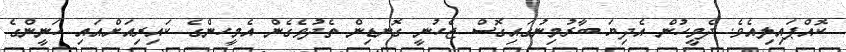
ކޮއްޕައިލިއެވެ. ދެމީހުން އެދިޔަ ބާރުމިނުގައިގޮސް ޖެހުނީ ގޮނޑިން ތެދުވެގެން އެމީހންގެ ކައިރިއަށްއައި ހަނީންގެ